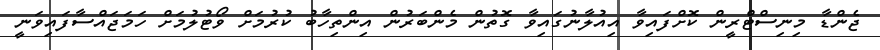
ޖެންޑާ މިނިސްޓްރީން ކޮށްފައިވާ އިއުލާނުގައިވާ ގޮތުން މެންބަރުން އިންތިހާބު ކުރުމަށް ވޯޓުލުމަށް ހަމަޖައްސާފައިވަނީ